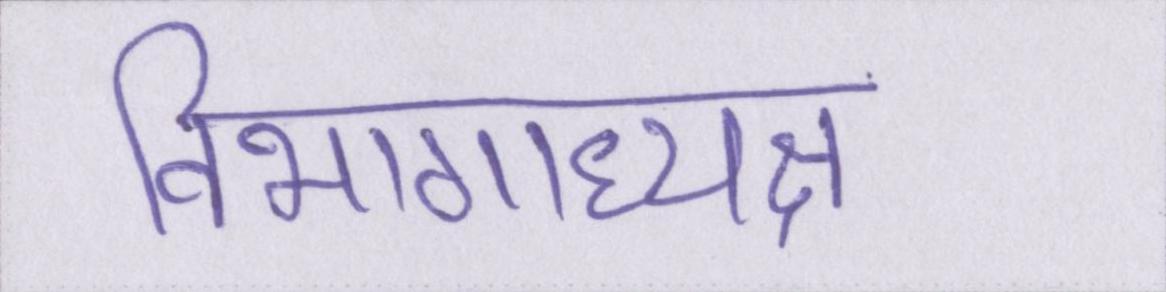
विभागाध्यक्ष